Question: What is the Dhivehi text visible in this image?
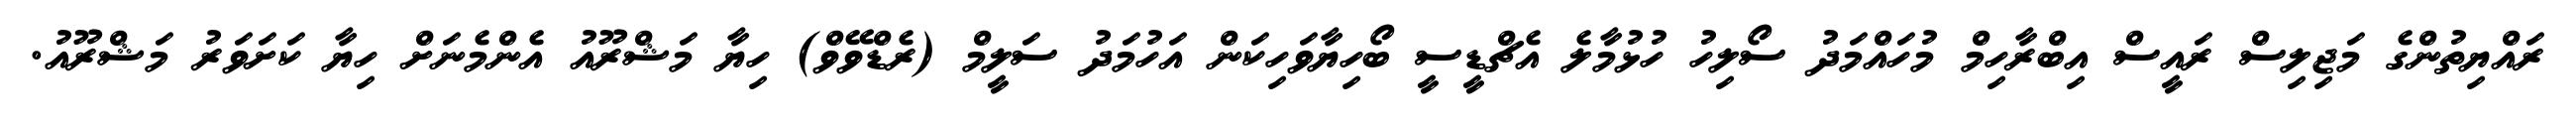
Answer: ރައްޔިތުންގެ މަޖިލިސް ރައީސް އިބްރާހިމް މުހައްމަދު ސޯލިހު ހުޅުމާލެ އެޗްޑީސީ ބޯހިޔާވަހިކަން އަހުމަދު ސަލީމް (ރެޑްވޭވް) ހިޔާ މަޝްރޫއު އެންމެނަށް ހިޔާ ކަށަވަރު މަޝްރޫއު.